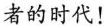
者的时代！